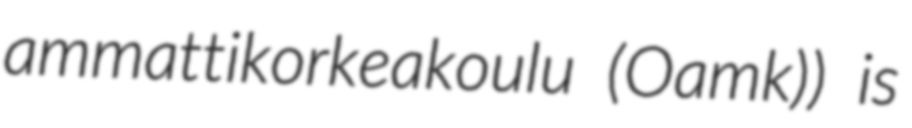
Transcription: ammattikorkeakoulu (Oamk)) is